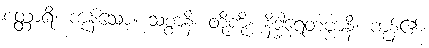
စတ္တာရိ၊ ကုန်သော။ သစ္စာနိ၊ တို့ကို။ နိဒ္ဓါရေတဗ္ဗာနိ၊ ကုန်၏။